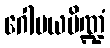
ဂေါမယပိဏ္ဍံ